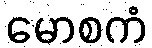
မောစကံ